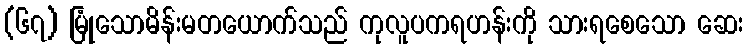
(၆၇) မြုံသောမိန်းမတယောက်သည် ကုလူပကရဟန်းကို သားရစေသော ဆေး